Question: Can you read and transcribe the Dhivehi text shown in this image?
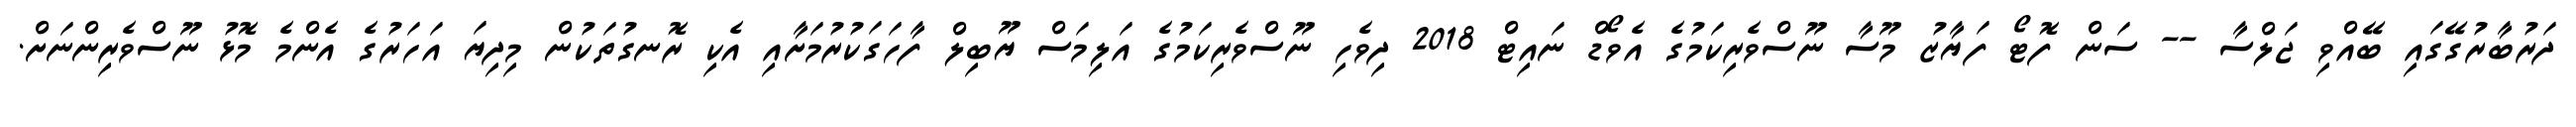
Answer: ދަރުބާރުގޭގައި ބޭއްވި ޖަލްސާ -- ސަން ފޮޓޯ ފަޔާޒު މޫސާ ނޫސްވެރިކަމުގެ އެވޯޑް ނައިޓް 2018 ދިވެހި ނޫސްވެރިކަމުގެ އަލިމަސް ޔޫބިލް ފާހަގަކުރުމަށާއި އެކި ރޮނގުތަކުން މިދިޔަ އަހަރުގެ އެންމެ މޮޅު ނޫސްވެރިންނަށް.